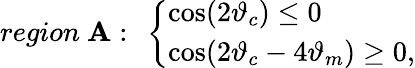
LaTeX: region~{\cal\mathbf{A}}:~\left\{ \begin{array}{l}{{\cos(2\vartheta_{c})\le 0}}\\ {{\cos(2\vartheta_{c}-4\vartheta_{m})\ge 0,}}\end{array}\right.